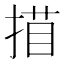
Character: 𢱁